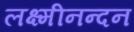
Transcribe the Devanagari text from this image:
लक्ष्मीनन्दन